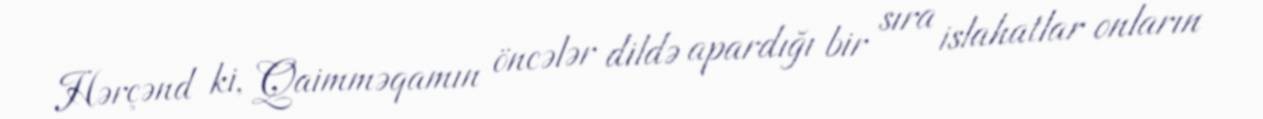
Hərçənd ki, Qaimməqamın öncələr dildə apardığı bir sıra islahatlar onların